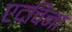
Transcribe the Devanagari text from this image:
एदविना